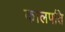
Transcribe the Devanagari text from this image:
कालपति